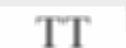
TT